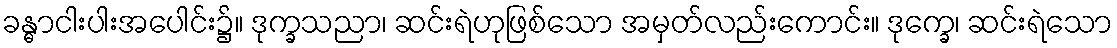
ခန္ဓာငါးပါးအပေါင်း၌။ ဒုက္ခသညာ၊ ဆင်းရဲဟုဖြစ်သော အမှတ်လည်းကောင်း။ ဒုက္ခေ၊ ဆင်းရဲသော